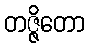
တဇ္ဇိတော